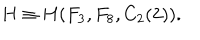
LaTeX: H \equiv H ( F _ { 3 } , F _ { 8 } , C _ { 2 } ( 2 ) ) .